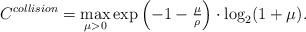
LaTeX: \begin{align*}C^{collision}=\max_{\mu>0}\exp\left (-1-\tfrac{\mu}{\rho}\right)\cdot \log_2(1+\mu).\end{align*}